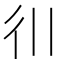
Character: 𫹋